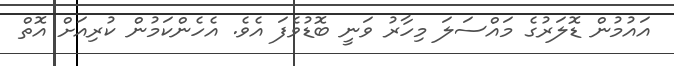
އައުމުން ޑޮލަރުގެ މައްސަލަ މިހާރު ވަނީ ބޮޑުވެފަ އެވެ. އެހެންކަމުން ކުރިއަށް އޮތް